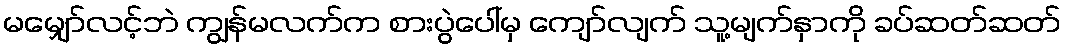
မမျှော်လင့်ဘဲ ကျွန်မလက်က စားပွဲပေါ်မှ ကျော်လျက် သူ့မျက်နှာကို ခပ်ဆတ်ဆတ်